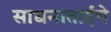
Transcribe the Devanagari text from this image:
साधनाताईंचे